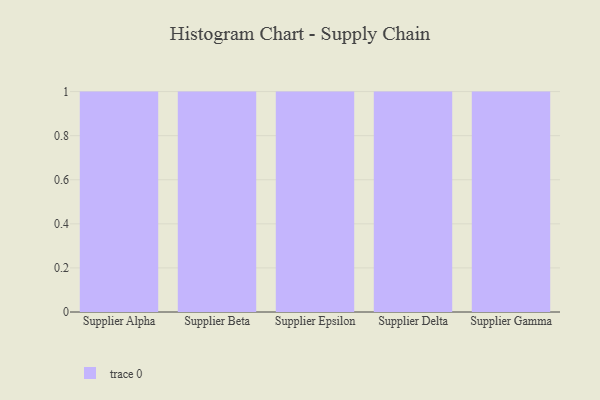
{"axis": {"x": "Supplier", "y": "Humidity (%)"}, "legend": [""], "data": [{"x": "Supplier Alpha", "y": 12, "type": ""}, {"x": "Supplier Beta", "y": 98, "type": ""}, {"x": "Supplier Epsilon", "y": 8, "type": ""}, {"x": "Supplier Delta", "y": 1, "type": ""}, {"x": "Supplier Gamma", "y": 81, "type": ""}]}